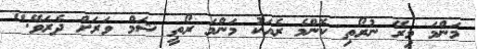
މަންމަ މިރޭ ނުރޯތި ކޮންމެ ރެއަކު މަންމަ ރޯތީ ޝަމް ވަރަށް ދެރަވޭ."